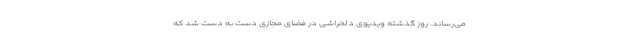
می‌رساند. روز گذشته ویدیوی دلخراشی در فضای مجازی دست به دست شد که